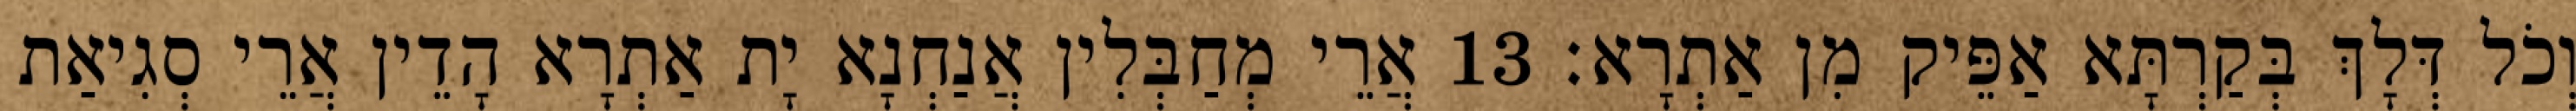
וְכֹל דְּלָךְ בְּקַרְתָּא אַפֵּיק מִן אַתְרָא׃ 13 אֲרֵי מְחַבְּלִין אֲנַחְנָא יָת אַתְרָא הָדֵין אֲרֵי סְגִיאַת